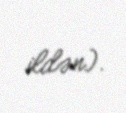
ildən).